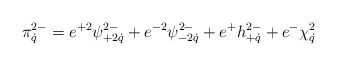
\begin{align*}\pi^{2-}_{\dot q}=e^{+2}\psi^{2-}_{+2\dot q}+e^{-2}\psi^{2-}_{-2\dot q}+e^+h^{2-}_{+\dot q}+e^-\chi^2_{\dot q}\end{align*}